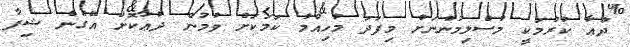
ދުޢާ ކުރުމަކީ މުސްލިމުންނަށް މިފަދަ މުހިއްމު ކަމަކަށް ވުމުން ދުޢާކޮށް އޭގެން ޝިފާ